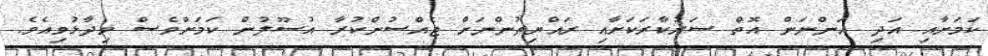
ކަމަށާއި އަދި އަންނަން އޮތް ސަރުކާރަކަށާއި ރައްޔިތުންނަށް ޖެއްސުންކުރާ އުސޫލުން ކަމަށްވެސް ވިދާޅުވިއެވެ.